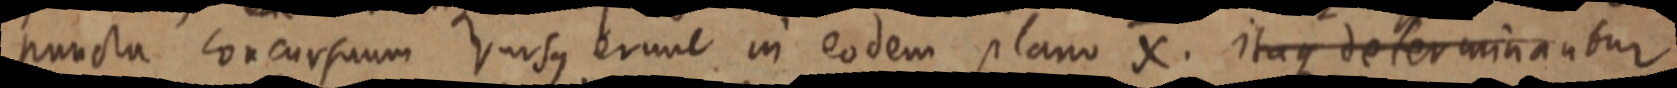
puncta concursuum Versus erunt in eodem plano X. itaque determinantur